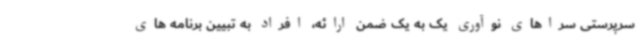
سرپرستی سراهای نوآوری یک به یک ضمن ارائه، افراد به تبیین برنامه های